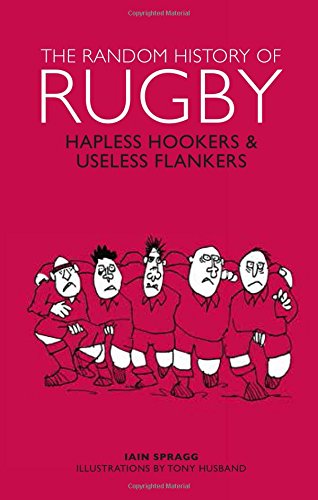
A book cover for The Random History of Rugby; Iain Spragg; Sports & Outdoors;